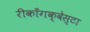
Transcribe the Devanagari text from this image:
रीकाँगक्वेस्टा